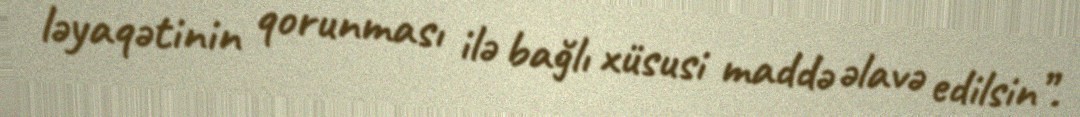
ləyaqətinin qorunması ilə bağlı xüsusi maddə əlavə edilsin”.